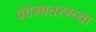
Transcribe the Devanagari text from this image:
वंदेमातरम्च्या